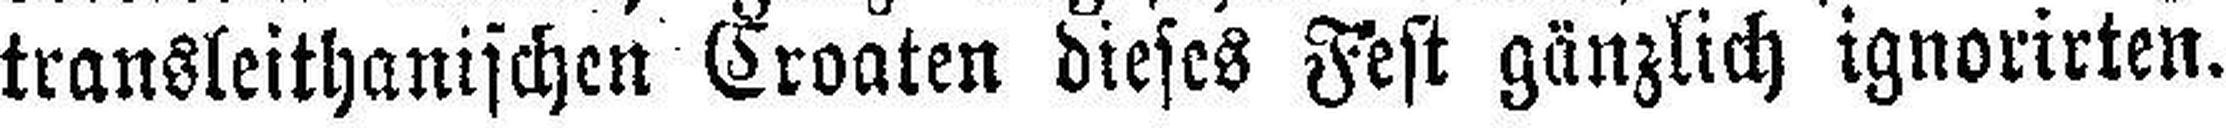
transleithanischen Croaten dieses Fest gänzlich ignorirten.